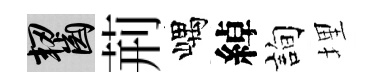
齧荊嵎綽詢埋